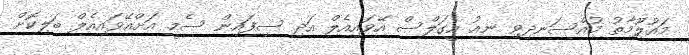
މައުލޫމާތު މުއްސަނދިވި ނިއު އީގަލްސް އޭވައިއެލް އަދި ސިފައިން ސެމީ އަށްއޭވައިއެލް ބަލިކޮށް